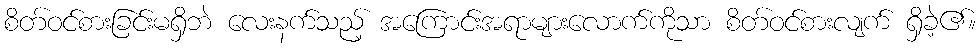
စိတ်ဝင်စားခြင်းမရှိဘဲ လေးနက်သည့် အကြောင်းအရာများလောက်ကိုသာ စိတ်ဝင်စားလျက် ရှိခဲ့၏။